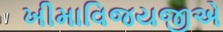
ખીમાવિજયજીએ